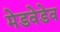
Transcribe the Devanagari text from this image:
मेडवेडेव